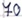
Text: 70